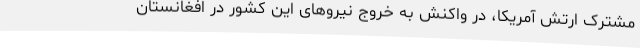
مشترک ارتش آمریکا، در واکنش به خروج نیرو‌های این کشور در افغانستان